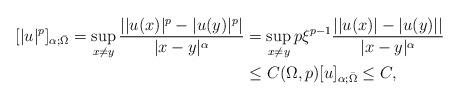
LaTeX: \begin{align*}[|u|^p]_{\alpha;\bar{\Omega}}=\sup_{x\neq y}\frac{||u(x)|^p-|u(y)|^p|}{|x-y|^{\alpha}}&=\sup_{x\neq y}p\xi^{p-1}\frac{||u(x)|-|u(y)||}{|x-y|^{\alpha}}\\&\leq C(\Omega,p)[u]_{\alpha;\bar{\Omega}}\leq C,\end{align*}